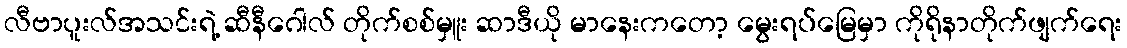
လီဗာပူးလ်အသင်းရဲ့ ဆီနီဂေါလ် တိုက်စစ်မှူး ဆာဒီယို မာနေးကတော့ မွေးရပ်မြေမှာ ကိုရိုနာတိုက်ဖျက်ရေး